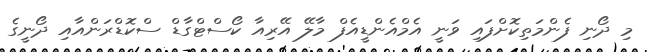
މި ދޯނި ފެންމަތިކޮށްފައި ވަނީ އެމްއެންޑީއެފް މާލޭ އޭރިއާ ކޯސްޓްގާޑް ސްކޮޑްރަންއާއި ދޯނީގެ